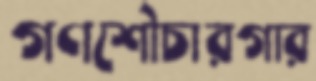
গণশৌচারগার